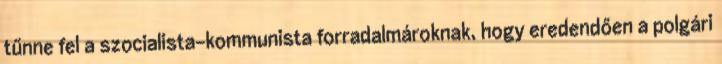
tűnne fel a szocialista-kommunista forradalmároknak, hogy eredendően a polgári